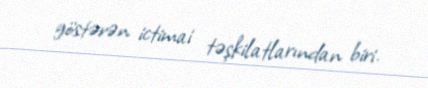
göstərən ictimai təşkilatlarından biri.